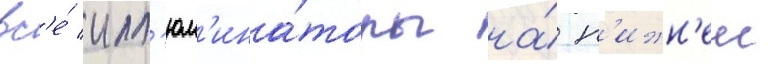
вс'е́ илл'юм'ина́торы на́ н'ижн'еи